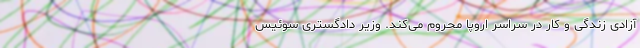
آزادی زندگی و کار در سراسر اروپا محروم می‌کند. وزیر دادگستری سوئیس